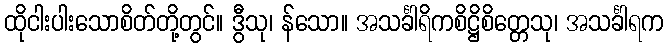
ထိုငါးပါးသောစိတ်တို့တွင်။ ဒွီသု၊ န်သော။ အသင်္ခါရိကစိဋ္ဌိစိတ္တေသု၊ အသင်္ခါရက